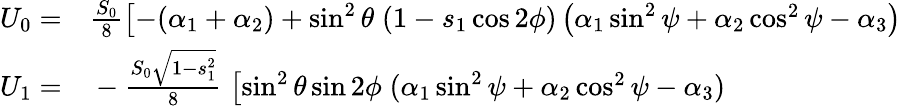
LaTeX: \begin{array}{rl}{U_{0}=}&{{}\frac{S_{0}}{8}\bigl[-(\alpha_{1}+\alpha_{2})+\sin^{2}{\theta}\; (1-s_{1}\cos{2\phi})\left(\alpha_{1}\sin^{2}{\psi}+\alpha_{2}\cos^{2}{\psi}-\alpha_{3}\right)}\\ {U_{1}=}&{{}-\frac{S_{0}\sqrt{1-s_{1}^{2}}}{8}\; \bigl[\sin^{2}{\theta}\sin{2\phi}\; (\alpha_{1}\sin^{2}{\psi}+\alpha_{2}\cos^{2}{\psi}-\alpha_{3})}\end{array}